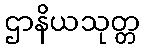
ဌာနိယသုတ္တ